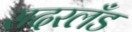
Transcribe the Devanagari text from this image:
सदरलँड